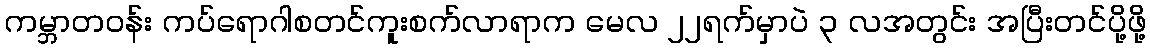
ကမ္ဘာတဝန်း ကပ်ရောဂါစတင်ကူးစက်လာရာက မေလ ၂၂ရက်မှာပဲ ၃ လအတွင်း အပြီးတင်ပို့ဖို့